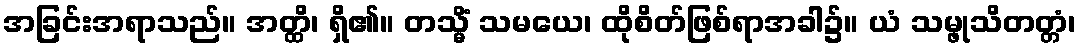
အခြင်းအရာသည်။ အတ္ထိ၊ ရှိ၏။ တသ္မိံ သမယေ၊ ထိုစိတ်ဖြစ်ရာအခါ၌။ ယံ သမ္ဖုသိတတ္တံ၊